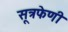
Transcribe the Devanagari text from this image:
सूत्रफेणी